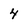
Character: 4